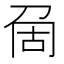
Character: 𠜦